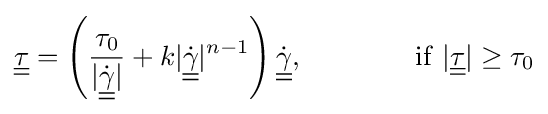
{\underline {\underline {\tau }}}=\left({\frac {\tau _{0}}{|{\underline {\underline {\dot {\gamma }}}}|}}+k|{\underline {\underline {\dot {\gamma }}}}|^{n-1}\right){\underline {\underline {\dot {\gamma }}}},\qquad \qquad \mathrm {if} \ |{\underline {\underline {\tau }}}|\geq \tau _{0}